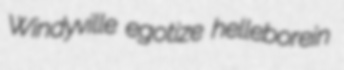
Windyville egotize helleborein